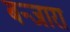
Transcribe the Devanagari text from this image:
बन्जारा